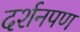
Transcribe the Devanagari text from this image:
दर्शनपण